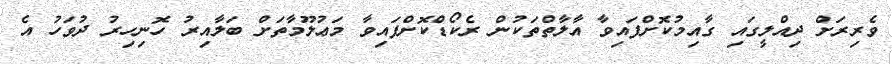
ވެރިރަށް ދިއްލީގައި ގާއިމުކޮށްފައިވާ އާލާތްތަކުން ރެކޯޑްކޮށްފައިވާ މަޢުލޫމާތަށް ބަލާއިރު ހޮނިހިރު ދުވަހު އެ